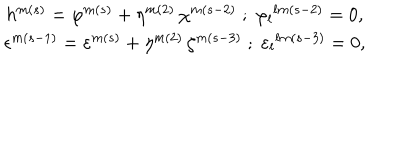
\begin{array} { c } { { h ^ { m ( s ) } = \varphi ^ { m ( s ) } + \eta ^ { m ( 2 ) } \, \chi ^ { m ( s - 2 ) } \; ; \; { \varphi _ { l } } ^ { l m ( s - 2 ) } = 0 , } } \\ { { \epsilon ^ { m ( s - 1 ) } = \varepsilon ^ { m ( s ) } + \eta ^ { m ( 2 ) } \, \zeta ^ { m ( s - 3 ) } \; ; \; { \varepsilon _ { l } } ^ { l m ( s - 3 ) } = 0 , } } \\ \end{array}